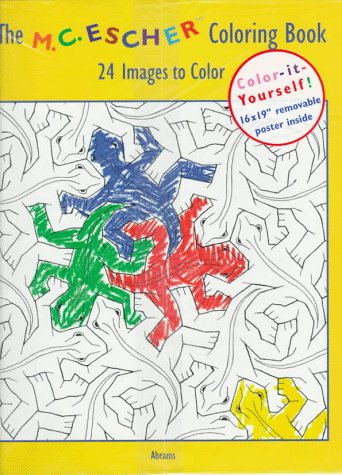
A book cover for M.C. Escher: Coloring Book; Abrams; Teen & Young Adult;